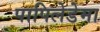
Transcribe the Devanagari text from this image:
पापिलेडेमा